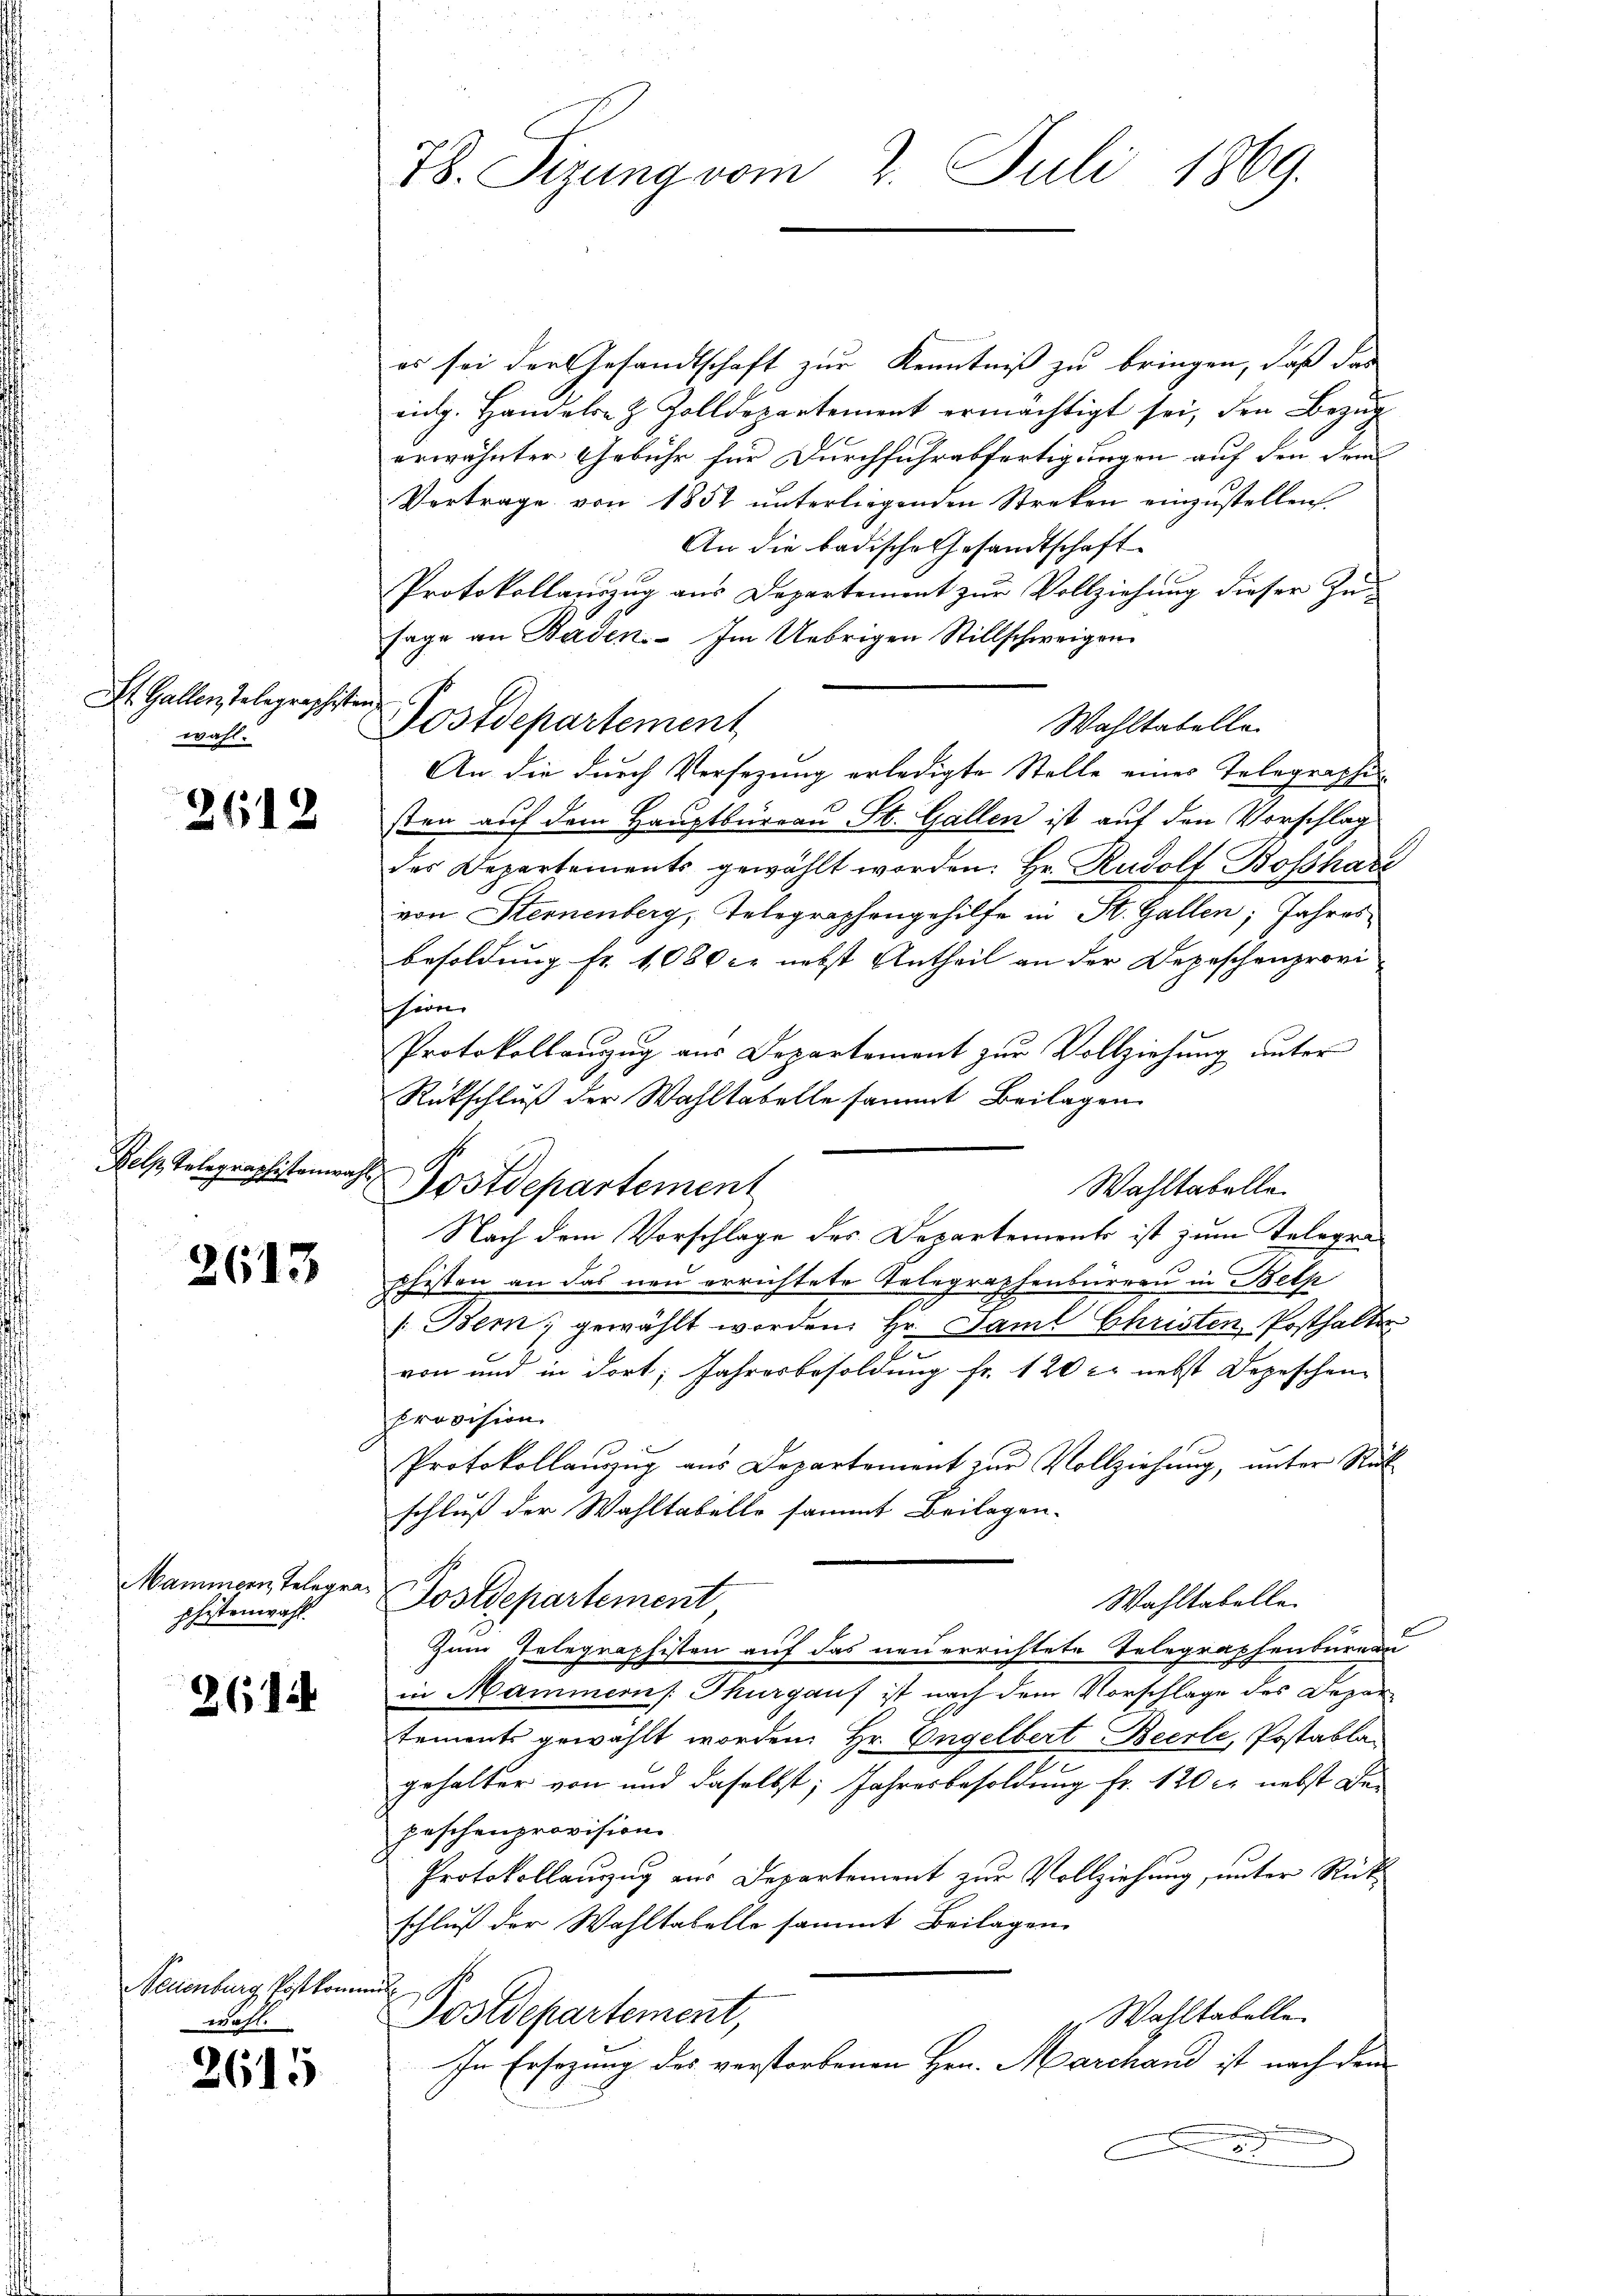
St. Gallen Telegraphisten
wahl.

2612

Kels, Telegraphistenwa

2613

Mammern, Telegrapfistenwahl.

261

Neuenburg Postkommen
wahl

2615

78. Sizung vom 2. Juli 1869.

Eh

es sei der Gesandtschaft zur Kenntniß zu bringen, daß das
eng. Handels- & Zolldepartement ermächtigt sei, den Bezŭg
erwähnter Gebühr für Durchführabfertigungen auf den dem
Vertrage von 1852 unterliegenden Streken einzustellen,
An die badische Gesandtschaft
Protokollauszug aus Departement zur Vollziehung dieser Zu-
sage an Baden. Im Uebrigen Stillschweigen
Postdepartement
Wahltabelle
An die durch Versezung erledigte Stelle eines Telegraphi
sten auf dem Hauptbureau St. Gallen ist auf den Vorschlag
des Departements gewählt worden. Hr. Rudolf Boßhar
von Sternenberg, Telegraphengehilfe in St. Gallen; Jahresbesoldung Fr. 1080 c. nebst Antheil an der Depeschenprovi-
sherr
Protokollauszug aus Departement zur Vollziehung unter
Rückschluß der Wahltabelle sammt Beilagen
Postdepartement
Nach dem Vorschlage des Departements ist zum Telegraschisten an das neu errichtete Telegraphenbureau in Bels
[Bem, gewählt worden. Hr. Saml Christen Posthalter
von und in dort, Jahresbesoldung fr. 120 c. nebst Depeschen
provision.
Protokollauszug aus Departement zur Vollziehung, unter Rück
schluß der Wahltabelle sammt Beilagen.
Postdepartement
Wahltabelle.
Zum Telegraphisten auf das neuerrichtete Telegraphenbureau
in Mammern Thurgauf ist nach dem Vorschlage des Departements gewählt worden. Hr. Engelbert Beerle, Postablan
gehalter von und daselbst; Jahresbesoldung fr. 120 c. nebst der
peschenprovision.
Protokollauzug zur Departement zur Vollziehung, unter Rückschluß der Wahltabelle sammt Beilagen
Wahltabelle
Postdepartement,
In Ersezung des verstorbenen Hrn. Marchand ist nach dem

Wahltabelle